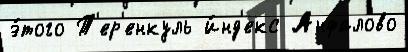
э́того Т'ер'енкуль и́нд'екс Анфалово